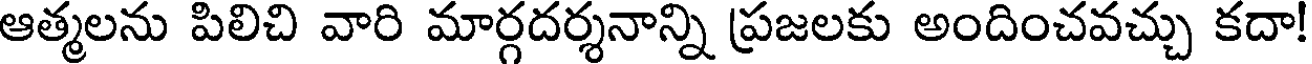
ఆత్మలను పిలిచి వారి మార్గదర్శనాన్ని ప్రజలకు అందించవచ్చు కదా!